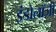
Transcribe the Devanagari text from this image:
इंडोलॉजी